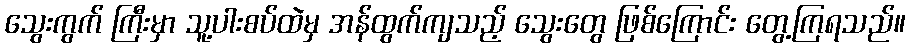
သွေးကွက် ကြီးမှာ သူ့ပါးစပ်ထဲမှ အန်ထွက်ကျသည့် သွေးတွေ ဖြစ်ကြောင်း တွေ့ကြရသည်။